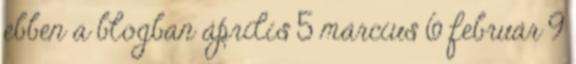
ebben a blogban április 5 március 6 február 9